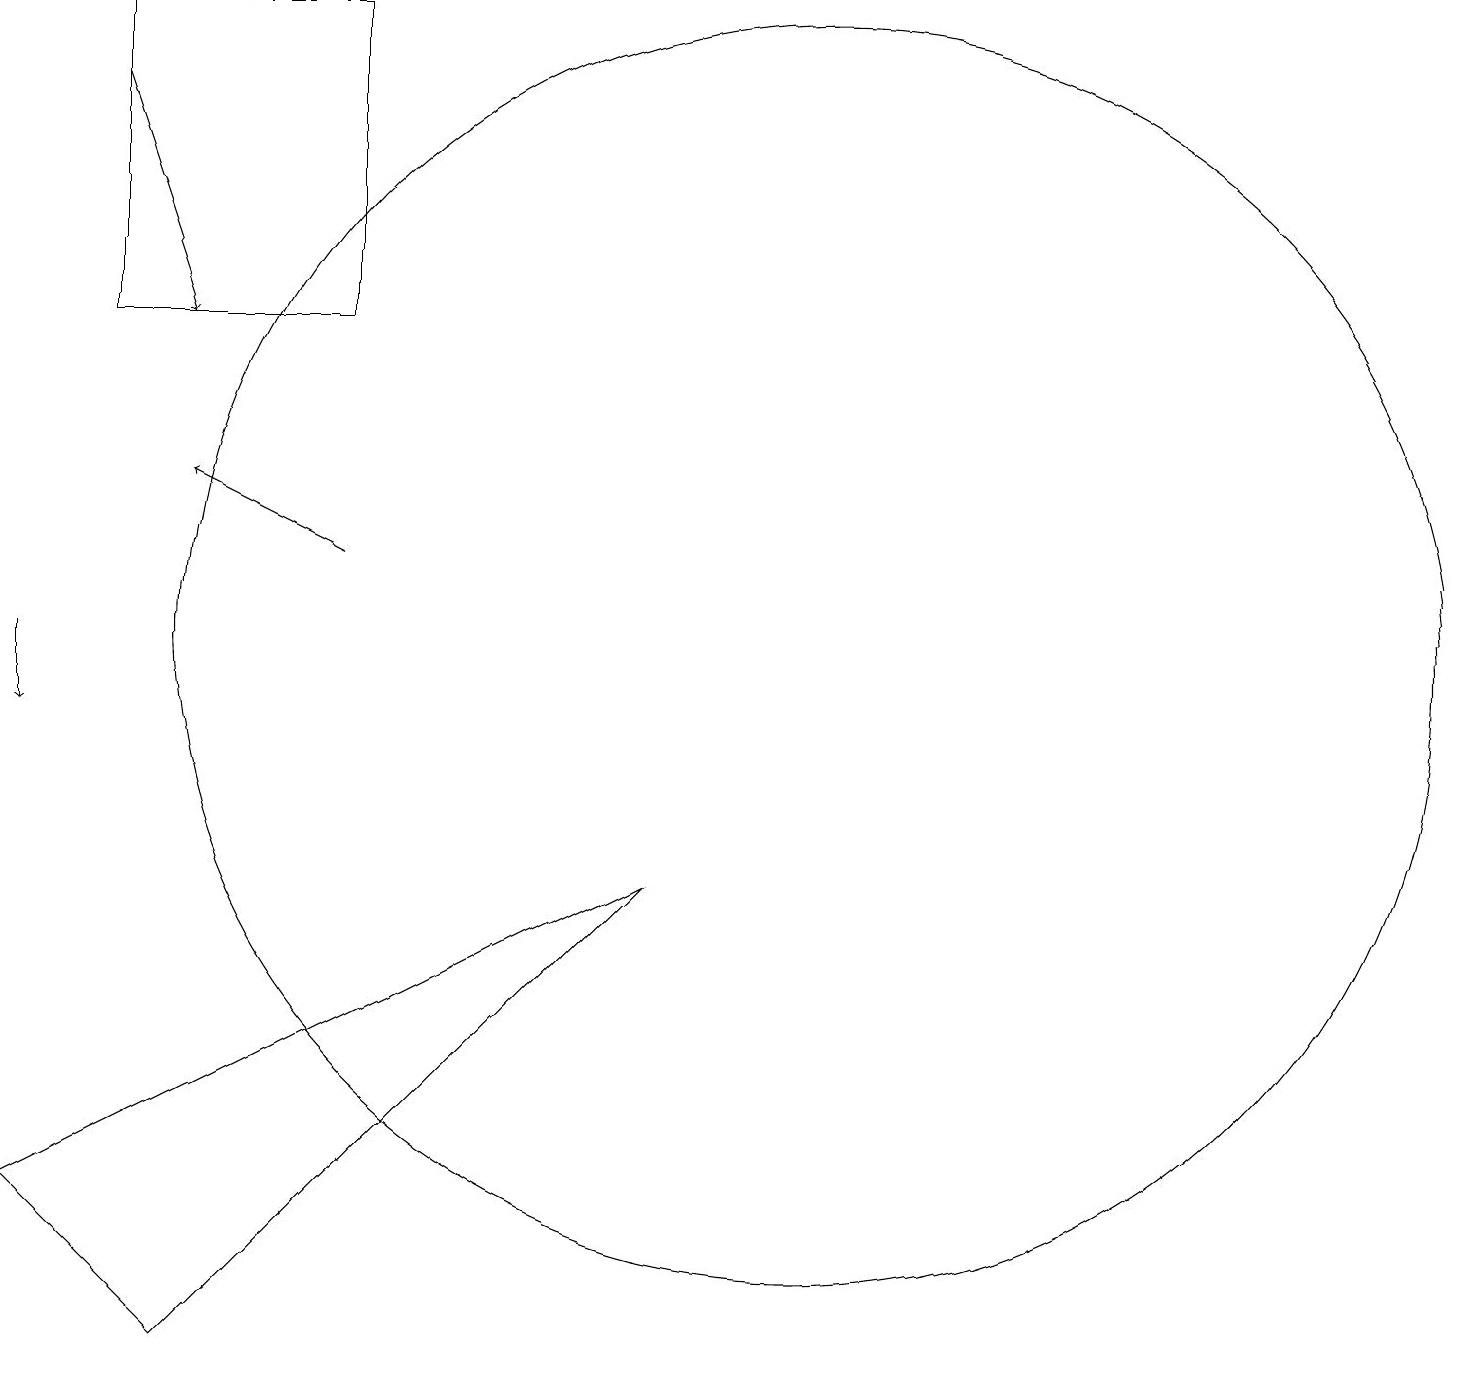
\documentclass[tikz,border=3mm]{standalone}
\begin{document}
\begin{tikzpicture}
\draw (3,2) -- (9,8) -- (1,4) -- cycle;
\draw[->] (1,11) -- (1,10);
\draw (11,11) circle (8);
\draw (2,19) rectangle (5,15);
\draw[->] (5,12) -- (3,13);
\draw[->] (2,18) -- (3,15);
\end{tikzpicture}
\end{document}